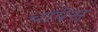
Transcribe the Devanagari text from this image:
चॉयेस़